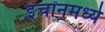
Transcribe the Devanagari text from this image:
इंचॉनमध्ये